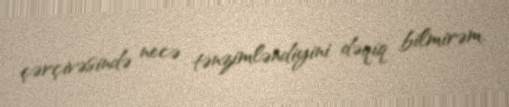
çərçivəsində necə tənzimləndiyini dəqiq bilmirəm.